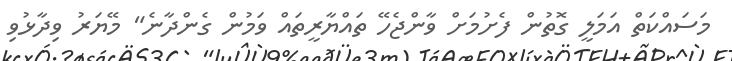
މަސައްކަތް އަމަލީ ގޮތުން ފެށުމަށް ވާންޖެހޭ ތައްޔާރީތައް ވަމުން ގެންދާނެ" މޭޔަރު ވިދާޅުވި